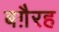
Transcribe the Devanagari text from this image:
बग़ैरह